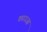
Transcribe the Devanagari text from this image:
काउआ